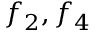
f _ { 2 } , f _ { 4 }